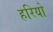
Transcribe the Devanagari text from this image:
हरियो